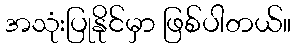
အသုံးပြုနိုင်မှာ ဖြစ်ပါတယ်။